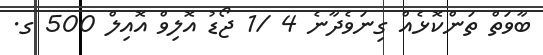
ބާވަތް ތަންކޮޅެއް ގިނަވެދާނެ 4 /1 ޖޯޑު އޮލިވް އޮއިލް 500 ގ.